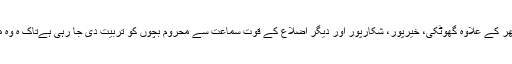
اسکول انتظامیہ کے مطابق اس تربیتی سینٹر میں سکھر کے علاوہ گھوٹکی، خیرپور، شکارپور اور دیگر اضلاع کے قوت سماعت سے محروم بچوں کو تربیت دی جا رہی ہےتاک ہ وہ معاشرے کے کسی بھی شعبے میں اپنا لوہا منواسکیں۔